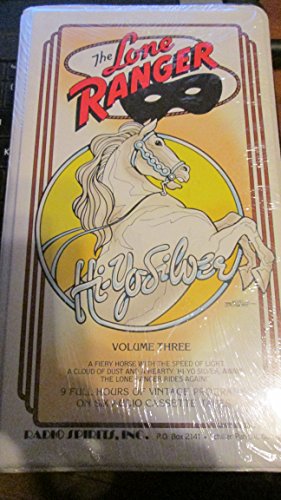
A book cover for The Lone Ranger Volume Three; Radio Spirits; Humor & Entertainment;